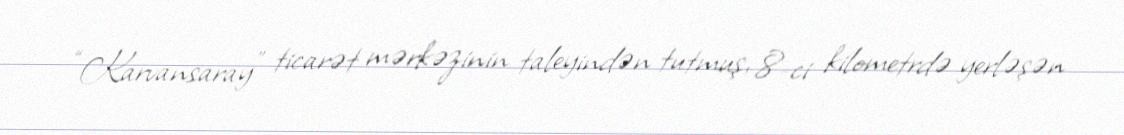
“Karvansaray” ticarət mərkəzinin taleyindən tutmuş, 8-ci kilometrdə yerləşən